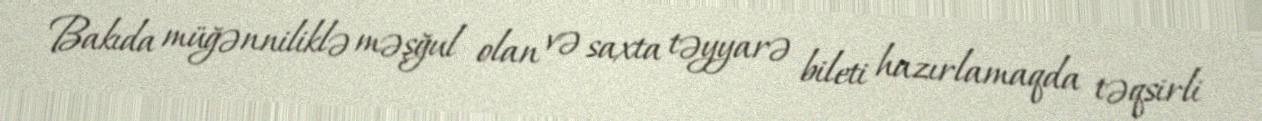
Bakıda müğənniliklə məşğul olan və saxta təyyarə bileti hazırlamaqda təqsirli